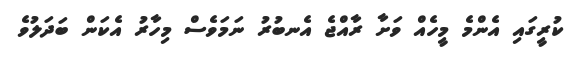
ކުރީގައި އެންމެ މީހެއް ވަށާ ރާއްޖެ އެނބުރު ނަމަވެސް މިހާރު އެކަން ބަދަލުވެ